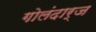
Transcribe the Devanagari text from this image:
गोलंदार्ज